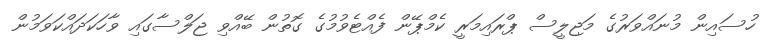
ހުސައިން މުނައްވަރުގެ މަޖިލީސް ޕްރައިމަރީ ކެމްޕޭން ފެއްޓެވުމުގެ ގޮތުން ބޭއްވި ޖަލްސާގައި ވާހަކަދައްކަވަމުން